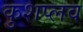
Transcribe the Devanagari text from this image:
कुशप्लव